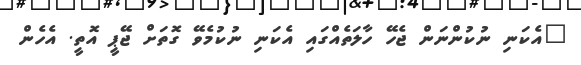
"އެކަނި ނުކުންނަން ޖެހޭ ހާލަތެއްގައި އެކަނި ނުކުމެވޭ ގޮތަށް ޖޭޕީ އޮތީ. އެހެން